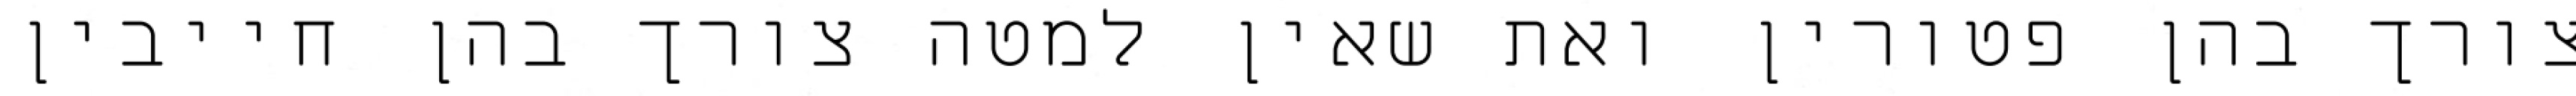
צורך בהן פטורין ואת שאין למטה צורך בהן חייבין